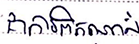
ជាការពិតណាស់